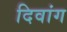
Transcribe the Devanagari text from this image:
दिवांग